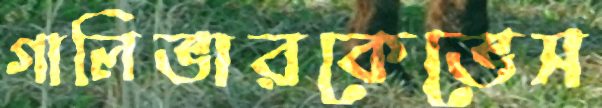
গালিভারকেভেস